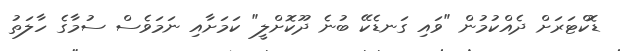
ޑޮކްޓަރަށް ދެއްކުމުން "ވައި ގަނޑެކޭ ބުނެ ދޫކޮށްލީ" ކަމަށާއި ނަމަވެސް ސުމާގެ ހާލަތު